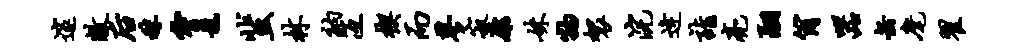
邃敝後秣霄龙蜚林衲冱楔而蓼寂康妹物袈浣逄诣亮翮筒器缶麾翟